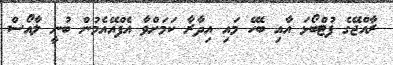
ރާއްޖޭގެ ފުޓްބޯޅަ އާއި ބެހޭ މައި އިދާރާ ކަމަށްވާ އެފްއޭއެމުން ބުނީ ލާއޯސް